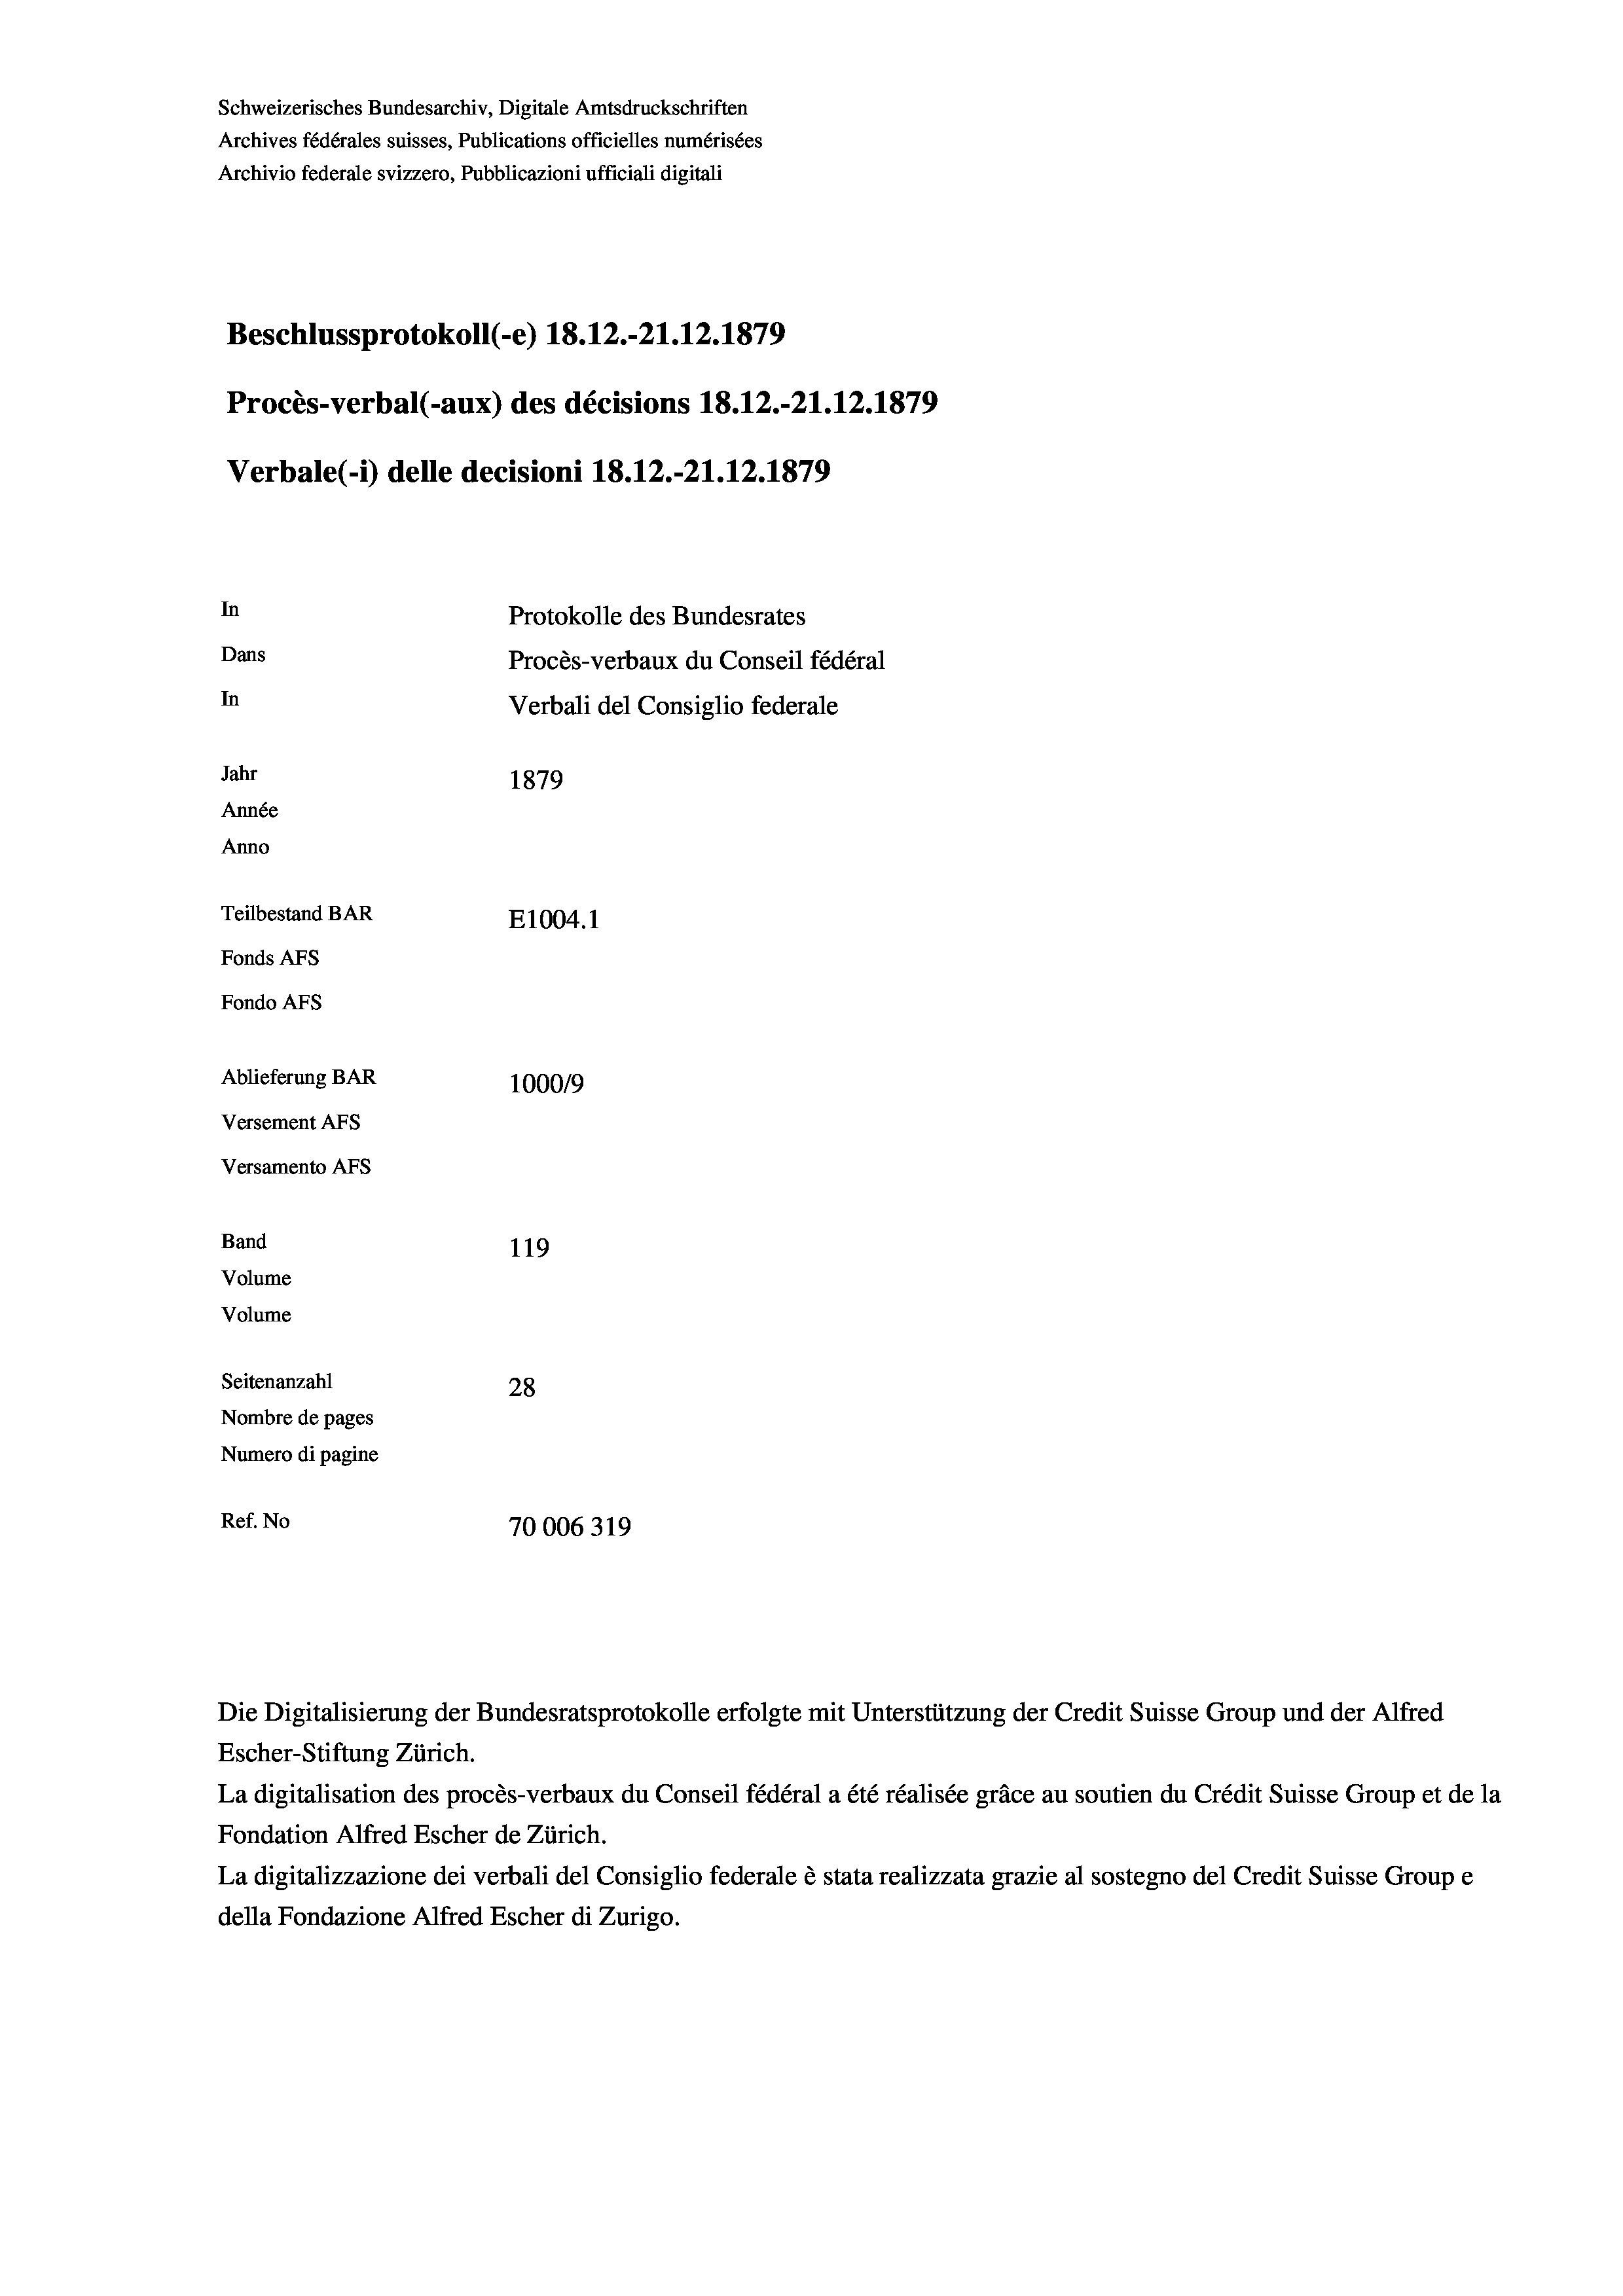
Schweizerisches Bundesarchiv, Digitale Amtsdruckschriften
Archives fédérales suisses, Publications officielles numérisées
Archivio federale svizzero, Pubblicazioni ufficiali digitali
Beschlussprotokoll (-e) 18. 12.-21.12.1879
Procès-verbal (-aux) des décisions 18.12.-21.12.1879
Verbale (- 1) delle decisioni 18. 12.-21.12.1879
In
Protokolle des Bundesrates
Dans
Procès-verbaux du Conseil fédéral
In
Verbali del Consiglio federale
Jahr
1879
Année
Anno
Teilbestand BAR
E1004.1
Fonds AFs
Fondo AFS
Ablieferung BAR
100019
Versement AFs
Versamento Afs
Band
119
Volume
Volume
Seitenanzahl
28
Nombre de pages
Numero di pagine
Ref. No
70006319

Die Digitalisierung der Bundesratsprotokolle erfolgte mit Unterstützung der Credit Suisse Group und der Alfred

Escher-Stiftung Zürich.
La digitalisation des procès-verbaux du Conseil fédéral a été réalisée gräce au soutien du Crédit Suisse Group et de la
Fondation Alfred Escher de Zürich.
La digitalizzazione dei verbali del Consiglio federale è stata realizzata grazie al sostegno del Credit Suisse Groupe
della Fondazione Alfred Escher di Zurigo.